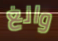
وانغ